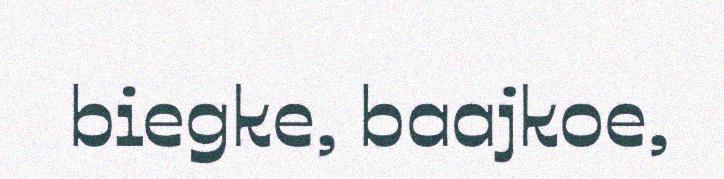
biegke, baajkoe,